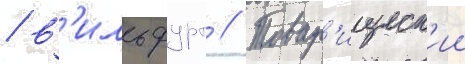
/ в'ильфурт // Товар'ищеск'ии